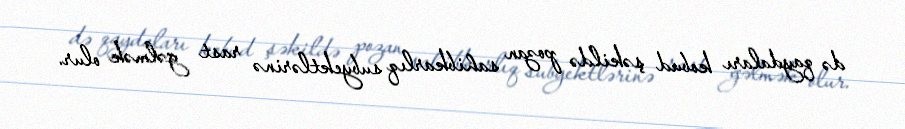
də qaydaları kobud şəkildə pozan sahibkarlıq subyektlərinə rast gəlmək olur.